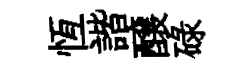
恆諧醸碌